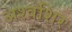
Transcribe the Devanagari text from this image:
अश्वशिर